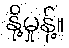
နို့မှုန့်။